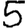
Digit: 5